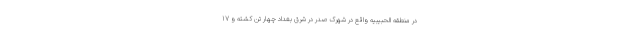
در منطقه الحبیبیه واقع در شهرک صدر در شرق بغداد چهار تن کشته و ۱۷